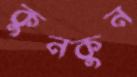
কুনকুন